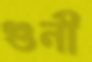
গুনী